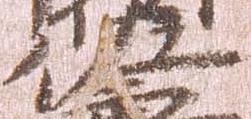
佐